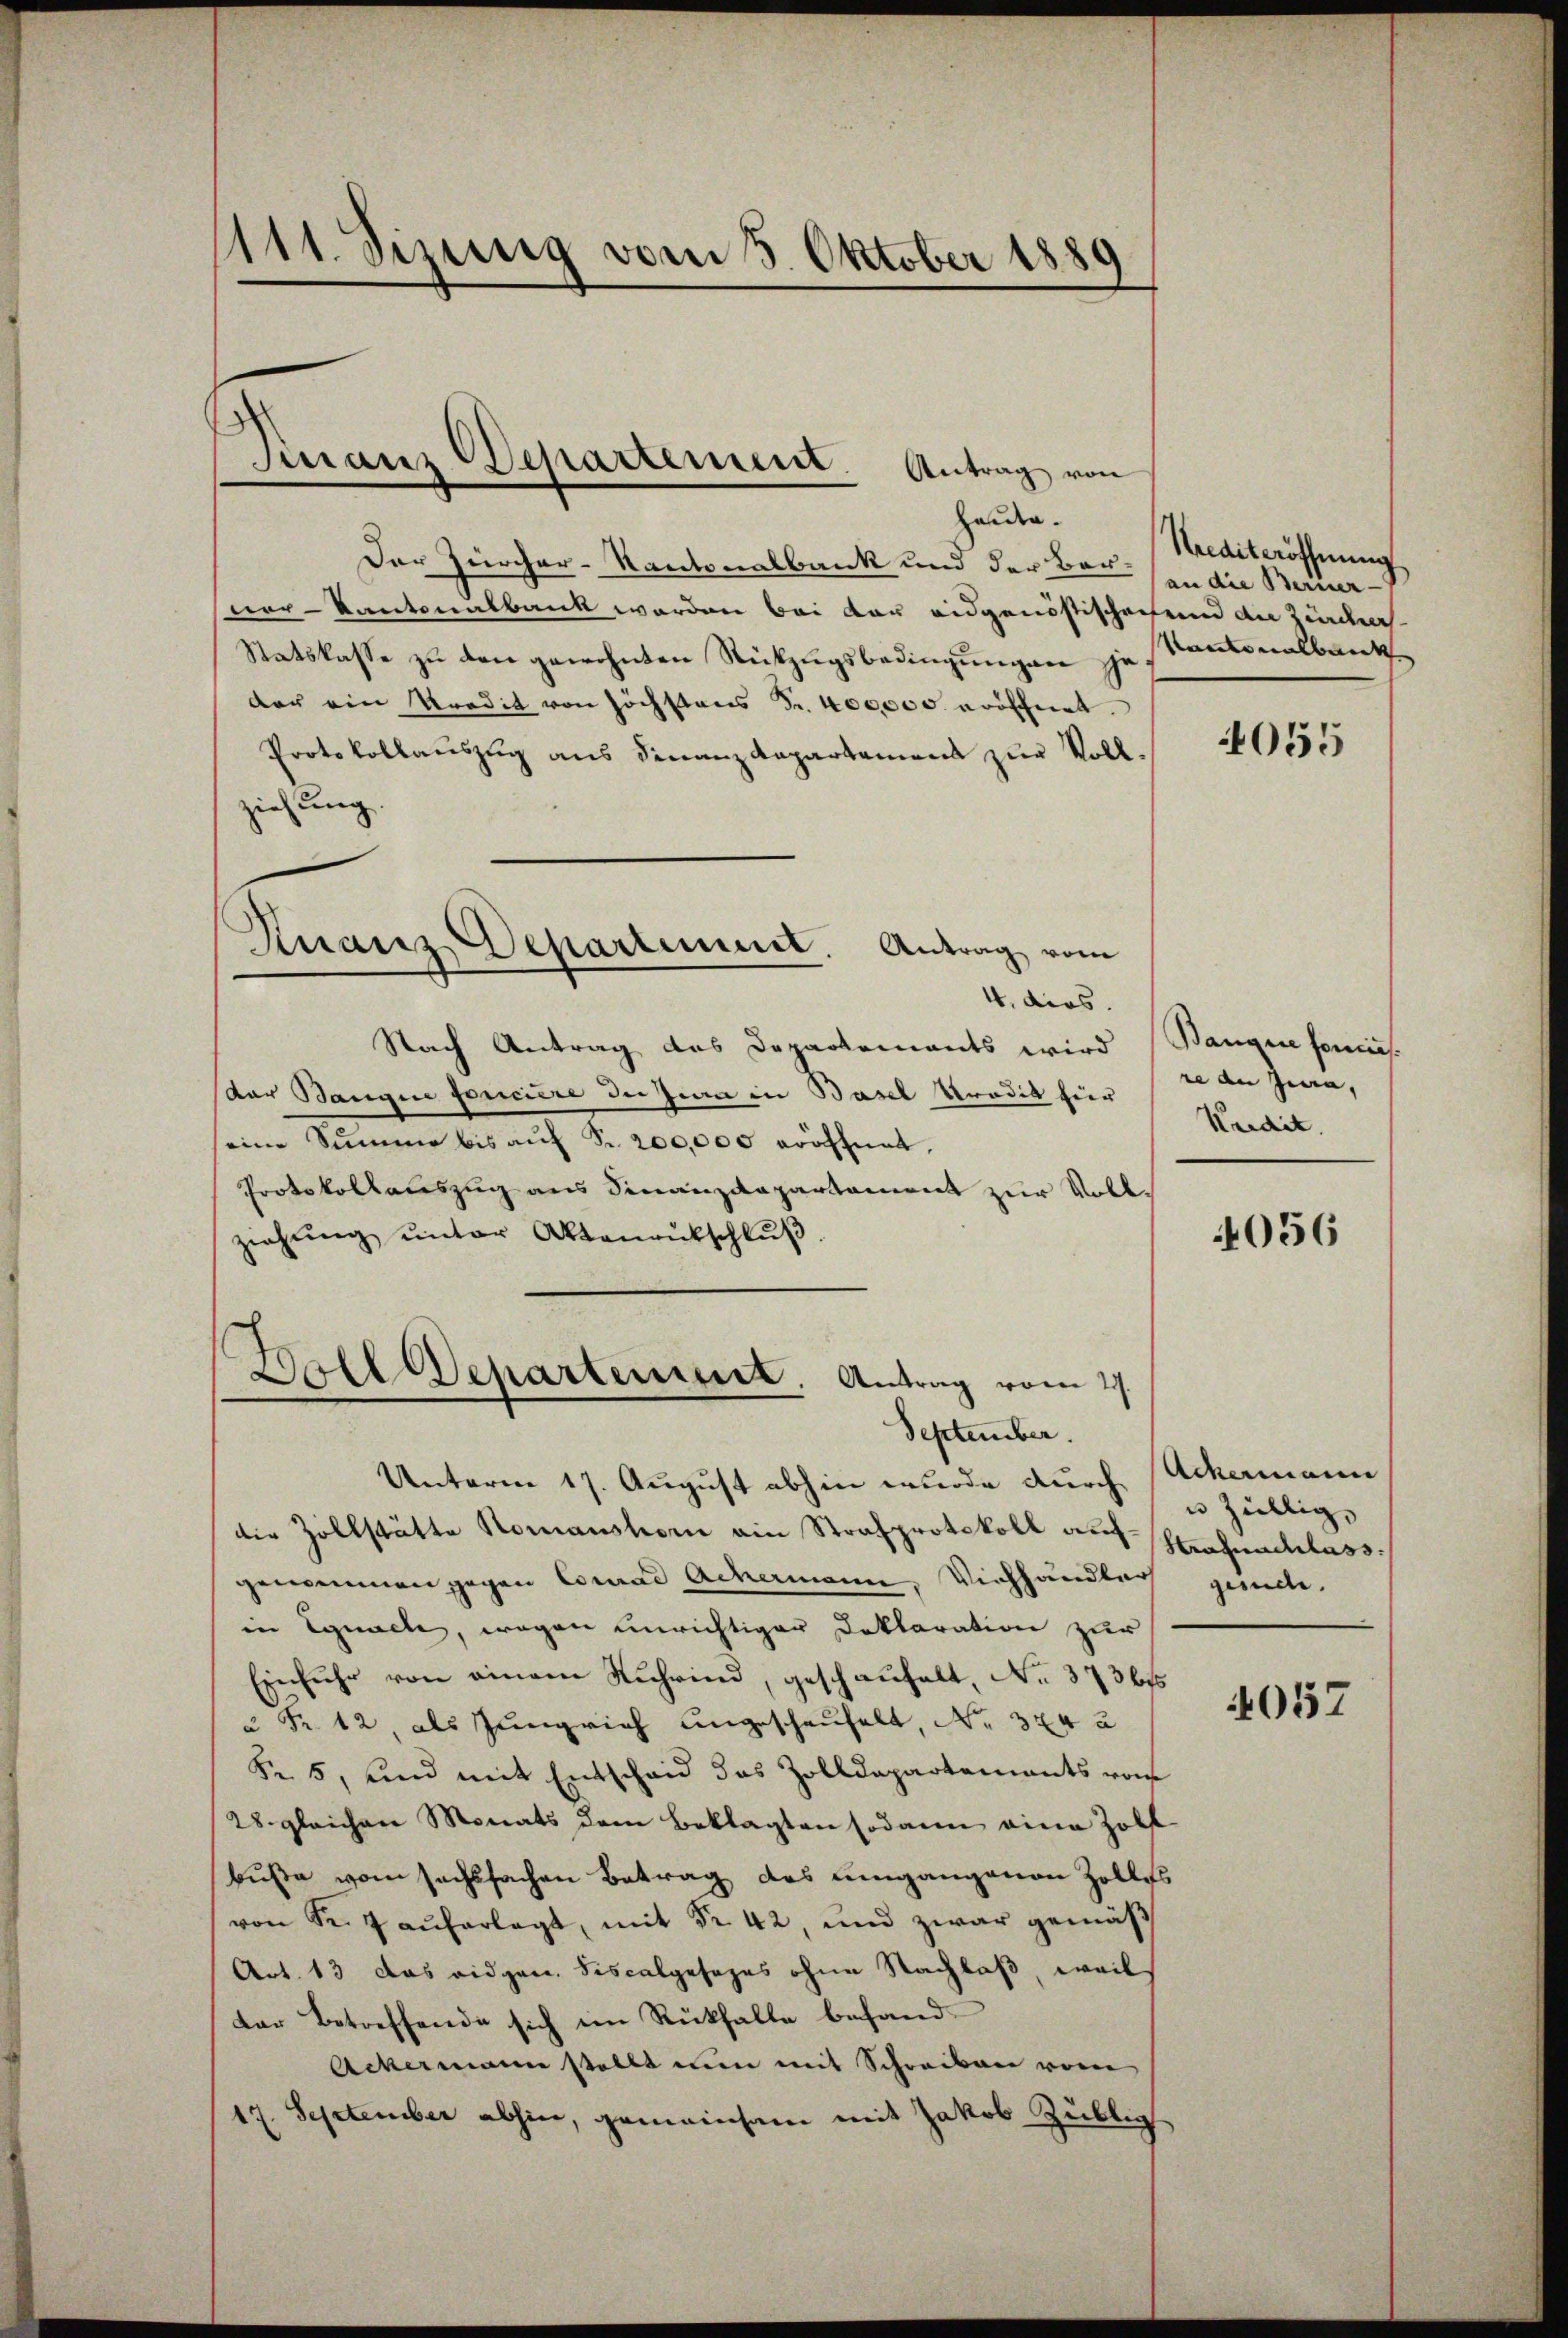
1111. Sizung vom 3. Oktober 1880

¬
Manz Departement. Antrag von

Knanz Departiment. Antrag vom

Handen.
Der Zürcher-Kantonalbank und der Bau an die Bernerverkantonalbank werden bei der eidgenössischechend an Zierde
Statskasse zu den gewohnten Rückzugsbedingungen zu
der ein Kredit von höchstens Fr. 400000. eröfchnet.
Protokollauszug aus Finanz Repartamens zur Vollziehung.
4. dies.
Nach Antrag des Departements wird (Banque somis
Paar Bangie foncière der Zwa in Basel Predit hier
eine Summe bis auf Fr. 200,000 eröffnet,
Protokollauszug aus Finanzdepartament zur Vollziehŭng ŭnter Aktenantschlŭβ:
Boll Departement. Antrag vom 27.
September.
Unterm 17. August abhin wurde durch Ackermann
die Zollstätte Komanshorn ain Strafprotokoll auf Strafnachlass
genommen gegen Conrad Achermann. Viehhändler
in Egnach, wegen unrichtiger Doktoration zur
Einfuhr von einem Rührind, geschaufelt, No. 373615
 Fr. 12 als Jungrich angeschaufelt, No 324 u
Fr. 5, und mit Entscheid das Zolldepartements von
28. gleichen Monats dem Beklagten sodann eine Zoll
buße vom sechssachen Betrag des umgangenen Zolles
von Fr. 7 aŭferlegt, mit Nr. 42, und zwar gemäβ
Art. 13 das eidgen. Fiscalgesezes ohne Nachlaß, weil
der Betreffende sich im Rückfalle befand-
Ackermann stellt nun mit Schreiben vom
17. September abhin, gemeinsam mit Jakob Züblig

Krediteröffnung
Kantonalbank

4055

re an Jena,
Kredit.

4056

u Zillig,
gesuche.

4057